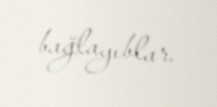
bağlayıblar.